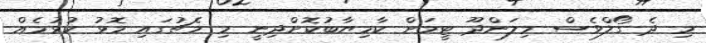
މި ދެ ގޯލްވެސް މިލަންދޫ ޓީމަށް ކާމިޔާބުކޮށްދިނީ މި މެޗުގައި މޮޅު ކުޅުމެއް